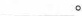
___.